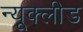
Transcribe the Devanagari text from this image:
न्यूक्लीड